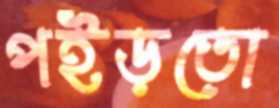
পইড়তো